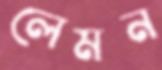
লেমন